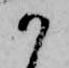
か